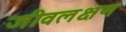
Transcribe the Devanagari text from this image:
जीवलक्षण